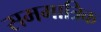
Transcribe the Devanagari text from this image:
सममात्रिक